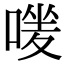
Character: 𠹐